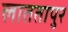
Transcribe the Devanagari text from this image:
लाततापुर